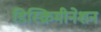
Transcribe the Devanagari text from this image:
डिस्क्रिमीनेशन